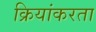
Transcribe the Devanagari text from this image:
क्रियांकरता